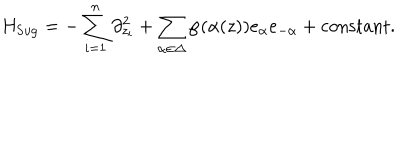
LaTeX: H _ { \mathrm { S u g } } = - \sum _ { i = 1 } ^ { n } \partial _ { z _ { i } } ^ { 2 } + \sum _ { \alpha \in \Delta } \wp ( \alpha ( z ) ) e _ { \alpha } e _ { - \alpha } + \mathrm { c o n s t a n t } .